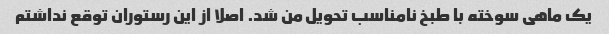
یک ماهی سوخته با طبخ نامناسب تحویل من شد. اصلا از این رستوران توقع نداشتم